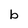
Character: b